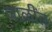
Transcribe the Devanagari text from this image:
जाळींत